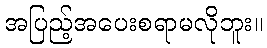
အပြည့်အပေးစရာမလိုဘူး။